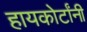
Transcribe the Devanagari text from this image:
हायकोर्टांनी